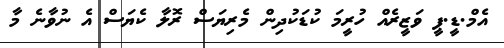
އެމް.ޑީ.ޕީ ވަޒީރެއް ހުރީމަ ކުޑަކުދިން މެރިޔަސް ރޮލާ ކެޔަސް އެ ނުވާނެ މާ